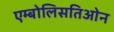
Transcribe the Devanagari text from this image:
एम्बोलिसतिओन